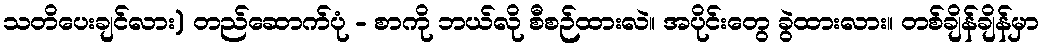
သတိပေးချင်လား) တည်ဆောက်ပုံ - စာကို ဘယ်လို စီစဉ်ထားလဲ။ အပိုင်းတွေ ခွဲထားလား။ တစ်ချိန်ချိန်မှာ